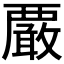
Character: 𧠀